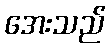
အေးသည်